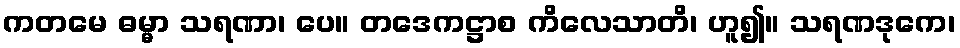
ကတမေ ဓမ္မာ သရဏာ၊ ပေ။ တဒေကဋ္ဌာစ ကိလေသာတိ၊ ဟူ၍။ သရဏဒုကေ၊